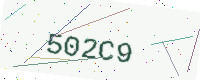
Text: 502C9